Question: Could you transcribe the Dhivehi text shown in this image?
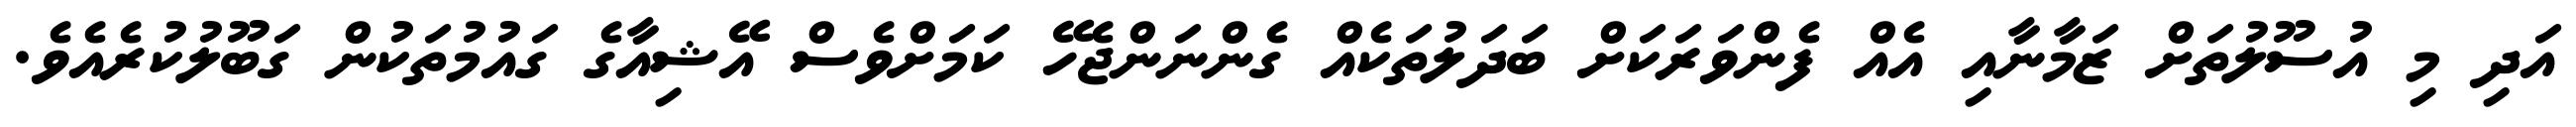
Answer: އަދި މި އުސޫލުތަށް ޒަމާނާއި އެއް ފެންވަރަކަށް ބަދަލުތަކެއް ގެންނަންޖެހޭ ކަމަށްވެސް އޭޝިއާގެ ގައުމުތަކުން ގަބޫލުކުރެއެވެ.